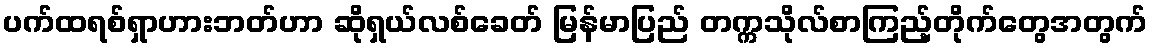
ပက်ထရစ်ရှာဟားဘတ်ဟာ ဆိုရှယ်လစ်ခေတ် မြန်မာပြည် တက္ကသိုလ်စာကြည့်တိုက်တွေအတွက်